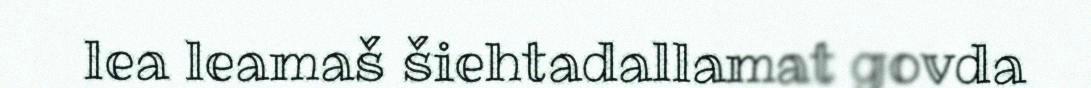
lea leamaš šiehtadallamat govda